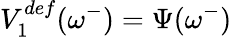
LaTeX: V_{1}^{def}(\omega^{-})=\Psi(\omega^{-})